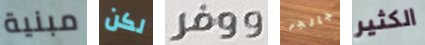
مبنية لكن ووفر جالجر الكثير